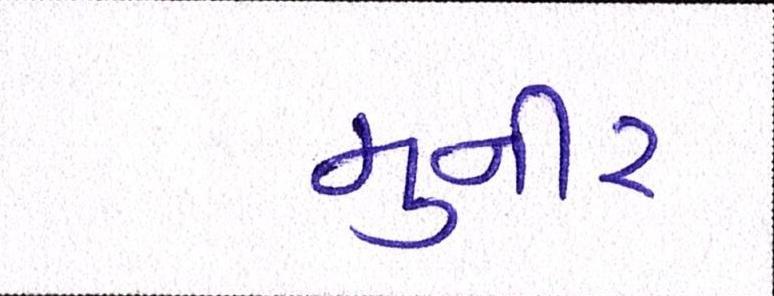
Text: મુનીર